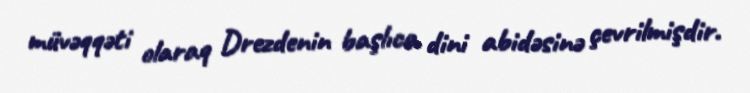
müvəqqəti olaraq Drezdenin başlıca dini abidəsinə çevrilmişdir.